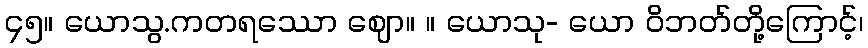
၄၅။ ယောသွ.ကတရဿော ဈော။ ။ ယောသု- ယော ဝိဘတ်တို့ကြောင့်၊